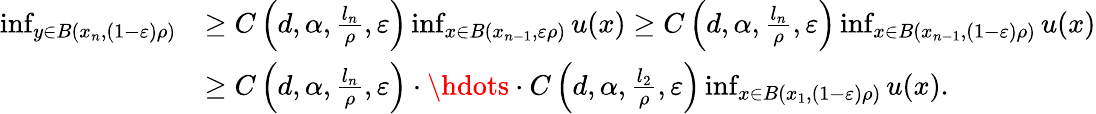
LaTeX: \begin{array}{rl}{\operatorname*{inf}_{y\in B(x_{n},(1-\varepsilon)\rho)}}&{\geq C\left(d,\alpha,\frac{l_{n}}{\rho},\varepsilon\right)\operatorname*{inf}_{x\in B(x_{n-1},\varepsilon\rho)}u(x)\geq C\left(d,\alpha,\frac{l_{n}}{\rho},\varepsilon\right)\operatorname*{inf}_{x\in B(x_{n-1},(1-\varepsilon)\rho)}u(x)}\\ &{\geq C\left(d,\alpha,\frac{l_{n}}{\rho},\varepsilon\right)\cdot\hdots\cdot C\left(d,\alpha,\frac{l_{2}}{\rho},\varepsilon\right)\operatorname*{inf}_{x\in B(x_{1},(1-\varepsilon)\rho)}u(x).}\end{array}